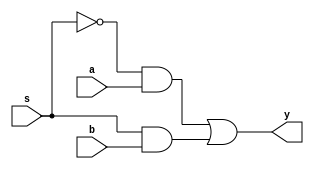
module mux21a(
  input wire a,
  input wire b,
  input wire s,
  output wire y
);

  assign y = ~ s & a | s & b;

endmodule